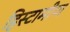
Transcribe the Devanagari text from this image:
हिस्टामीण